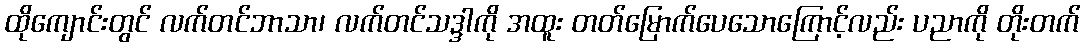
ထိုကျောင်းတွင် လက်တင်ဘာသာ၊ လက်တင်သဒ္ဒါကို အထူး တတ်မြောက်ပေသောကြောင့်လည်း ပညာကို တိုးတက်